Rae_vallavalitsus, lk 69
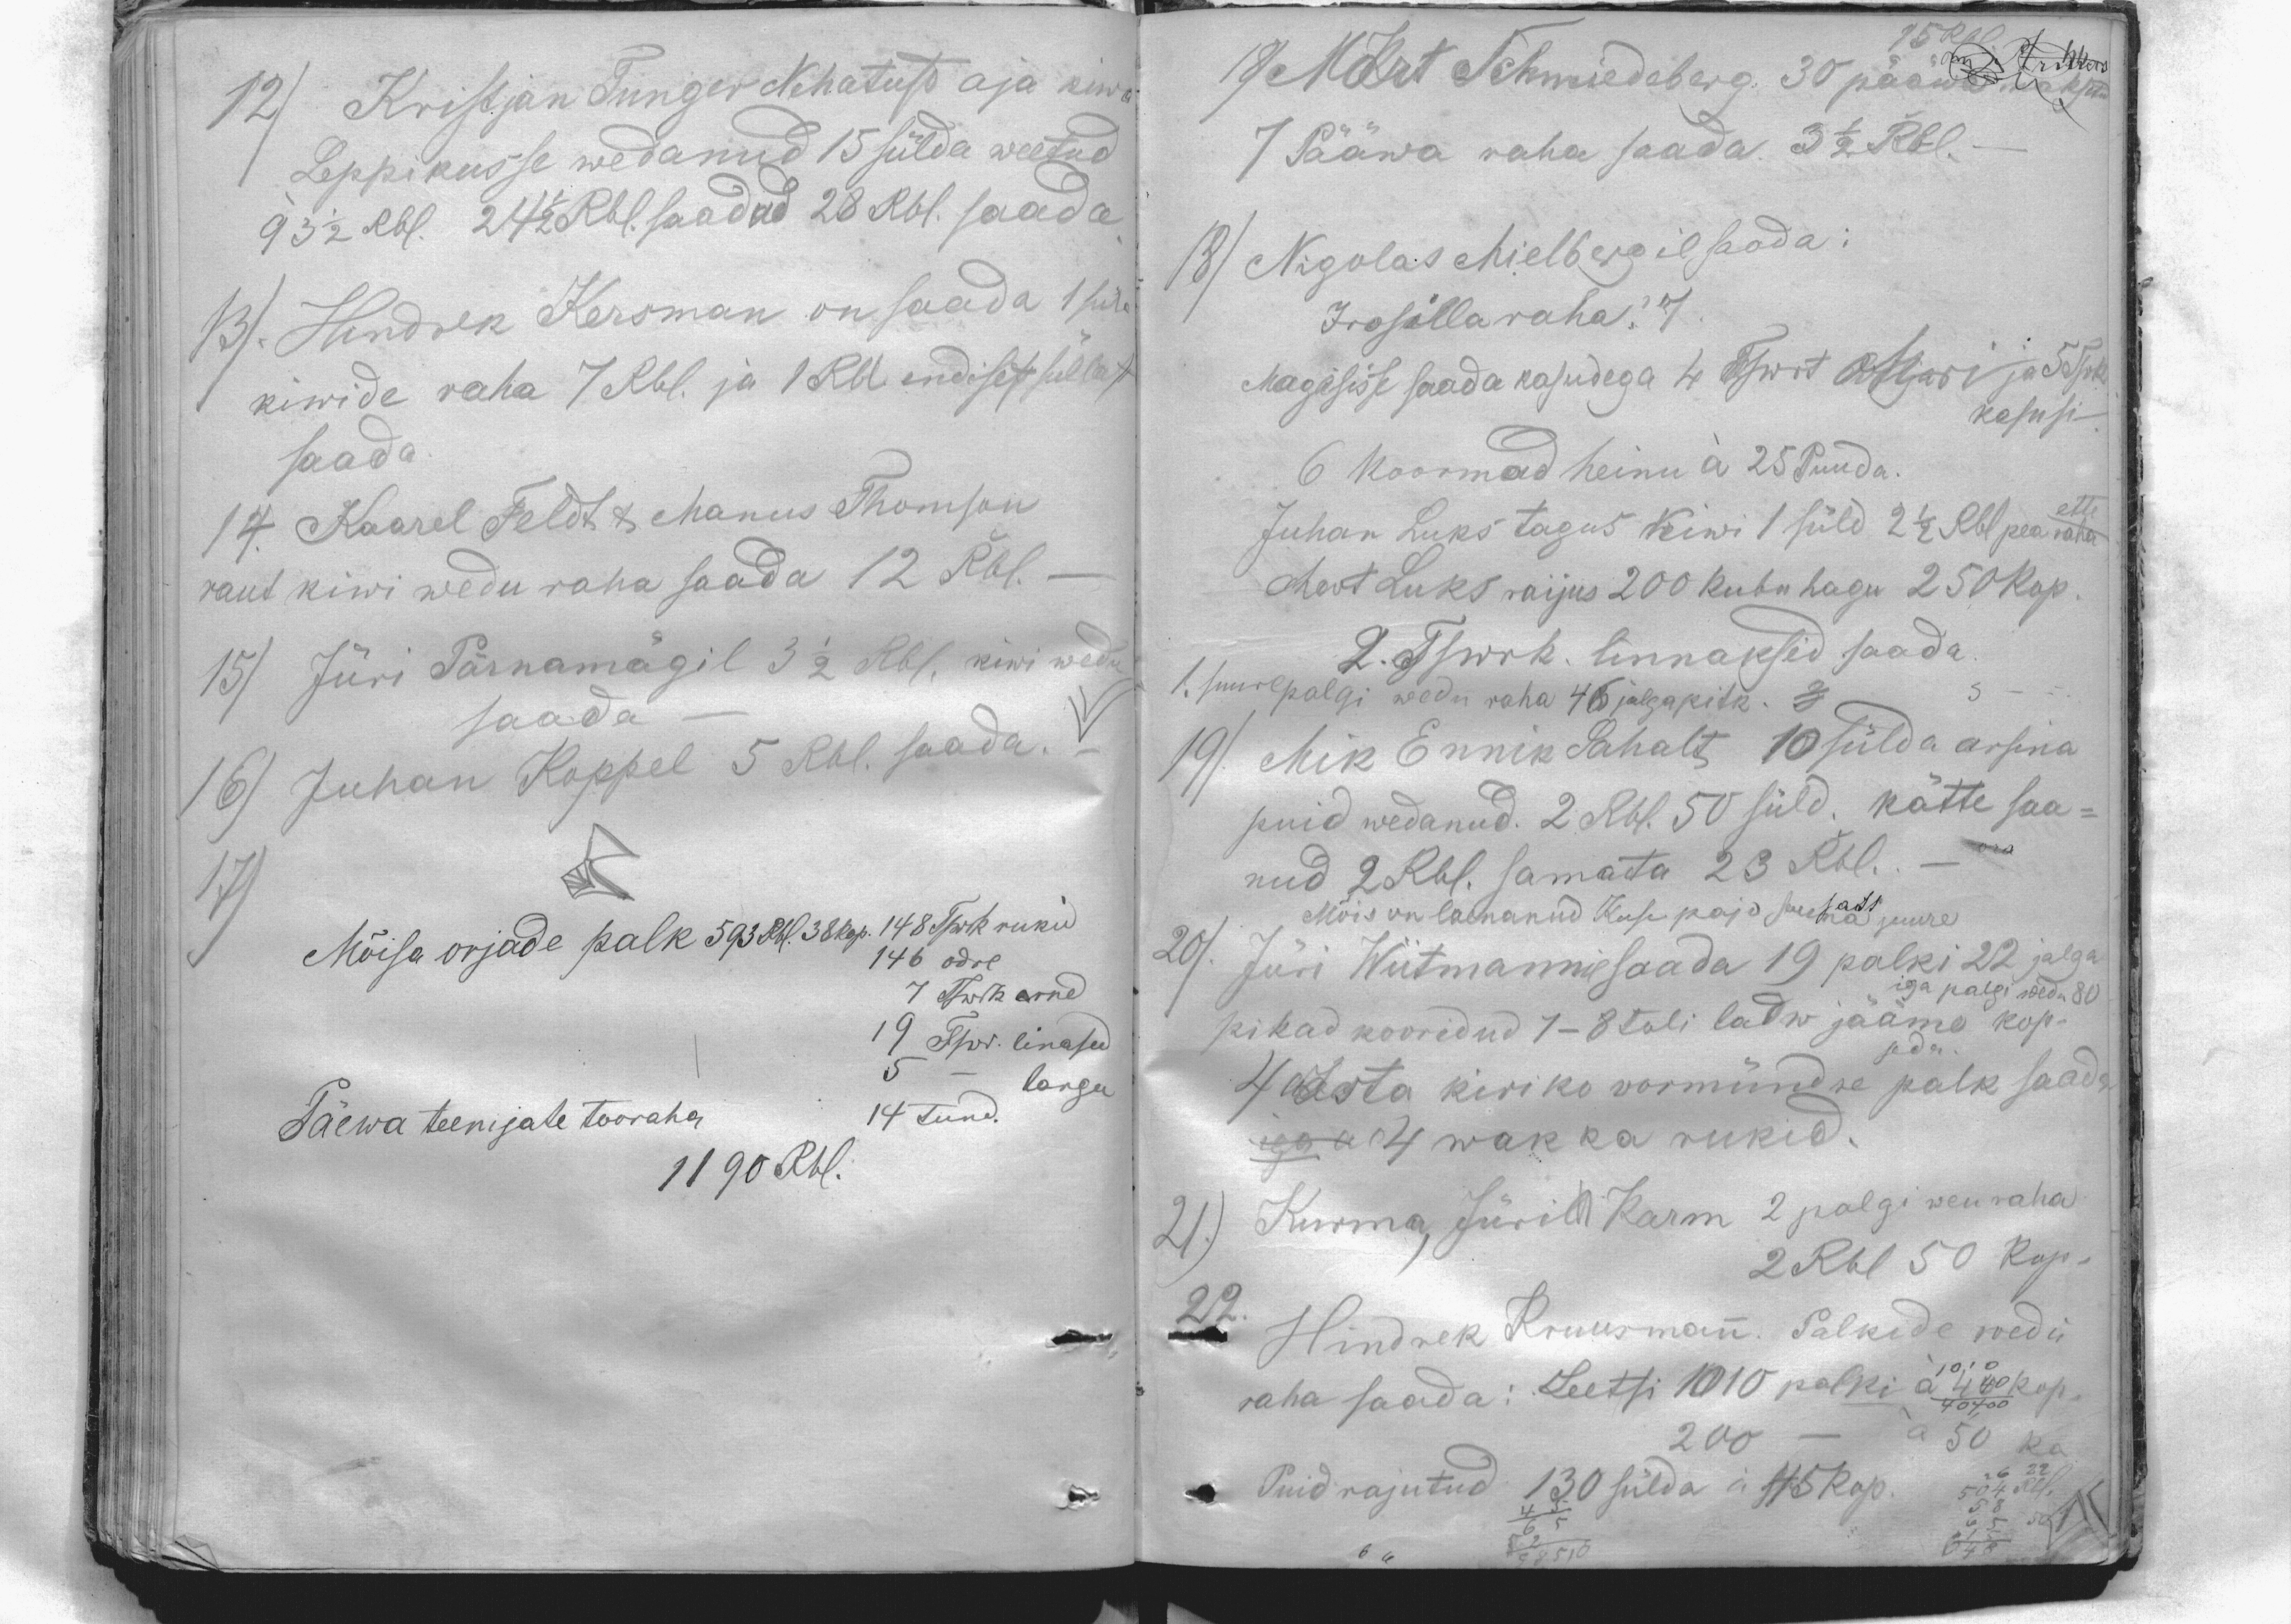
12) Kristjan Tunger Nehatust aja kiwa
Leppikusse wedanud 15 sülda weetud
93 1/2 Rbl. 24 1/2 Rbl. saadud 28 Rbl. saada
13). Hindrek Kersman on saada 1 süla
kiwide raha 7 Rbl. ja 1 Rbl endisest süllast
saada.
14. Kaarel Feldt & Manus Thomson
raut kiwi wedu raha saada 12 Rbl. -
15) Jüri Pärnamägil 3 1/2 Rbl. kiwi wedu
saada
16) Juhan Koppel 5 Rbl. saada.
17)
Mõisa orjade palk 593 Rbl. 38 kop. 148 Tswrk rukid
146 odre
7 Tswrk erned
19 Tswer linased
5- longu
Päewa teenijate tooraha
14 tund.
1190 Rbl.

15 Rbl.
18) Mart Schmiedeberg 30 pääwa maksta
1 Pääwa raha saada 3 1/2 Rbl.
18) Nigolas Mielbergil saada:
Irosilla raha? 7
Magasisse saada kasudega 4 Tswrt ostusi ja 5 Tswk
kasusi.
6 koormad heinu à 25 Puuda.
Juhan Luks tagus kiwi 1 süld 2 1/2 Rbl pea raha ette
Mart Luks raijus 200 kubu hagu 250kop
2. Tswrk. linnaksid saada
1. suurepalgi wedu raha 46 jalgapitk. 3
19). Mik Ennik Sahalt 10 sülda arsina
puid wedanud. 2 Rbl. 50 süld. kätte saa-
nud 2 Rbl. samata 23 Rbl.
Mõis on laenanud Kuse pojo sauna juure
20). Jüri Wiitmannil saada 19 palki 22 jalga
iga palgi wedu 80
pikad kooridud 7-8 tuli latw jääme kop-
4 aasta kiriko vormündre palk saada
iga a 4 wakka rukid.
21.) Kurma, Jüril Karm 2 palgi weu raha
2 Rbl 50 kop.
22. Hindrek Kruusmann. Palkide wedu
raha saada: Leetsi 1010 palki à 4 kop.
200 - à 50 ka
Puid rajutud 130 sülda à 45 kop.